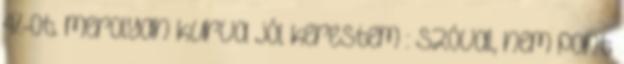
4%-ot. merolyan kurva jól kerestem : Szóval, nem pont